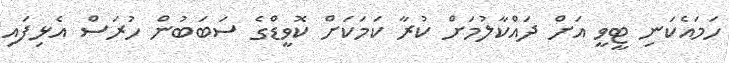
ހަމައެކަނި ޓީވީ އަށް ދައްކާލުމަށް ކުރާ ކަމަކަށް ކޮވީޑްގެ ސަބަބުން ހުރަސް އެޅިފައި